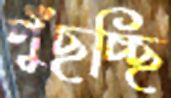
পুঁছচ্ছি